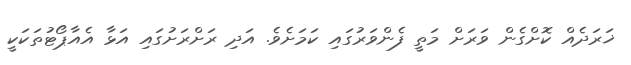
ޚަރަދެއް ކޮށްގެން ވަރަށް މަތީ ފެންވަރުގައި ކަމަށެވެ. އަދި ރަށްރަށުގައި އަޅާ އެއާޕޯޓުތަކަކީ